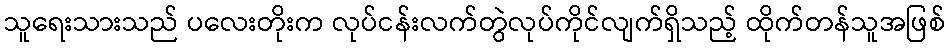
သူရေးသားသည် ပလေးတိုးက လုပ်ငန်းလက်တွဲလုပ်ကိုင်လျက်ရှိသည့် ထိုက်တန်သူအဖြစ်